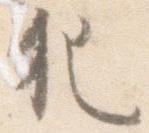
犯